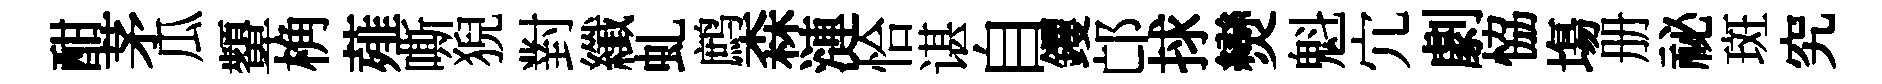
酣茅瓜顰桷薤嘶猊對纖虬鹧森漣恰谌自钁邙捄𤓖魁宂劇恊塲册祕斑究